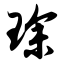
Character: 琛